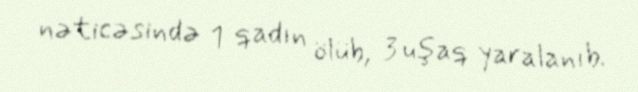
nəticəsində 1 qadın ölüb, 3 uşaq yaralanıb.